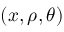
( x , \rho , \theta )